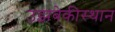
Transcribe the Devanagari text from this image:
उझबेकीस्थान